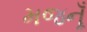
મજનૂઁ